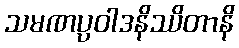
သမဏပ္ပဝါဒနိဿိတာနိ